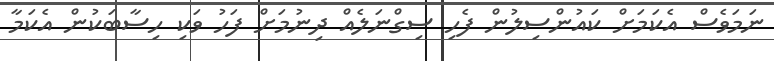
ނަމަވެސް އެކަމަށް ކައުންސިލުން ފެހި ސިގްނަލެއް ދިނުމަށް ފަހު ވަކި ހިސާބަކުން އެކަމާ